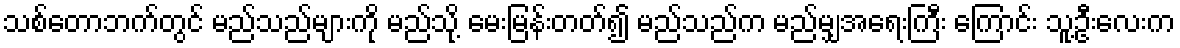
သစ်တောဘက်တွင် မည်သည်များကို မည်သို့ မေးမြန်းတတ်၍ မည်သည်က မည်မျှအရေးကြီး ကြောင်း သူ့ဦးလေးက